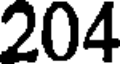
204